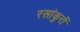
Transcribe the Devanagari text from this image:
रसांकुरों